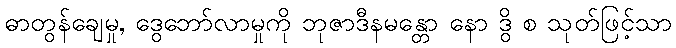
ဓာတွန်ချေမှု, ဒွေဘော်လာမှုကို ဘုဇာဒီနမန္တော နော ဒွိ စ သုတ်ဖြင့်သာ